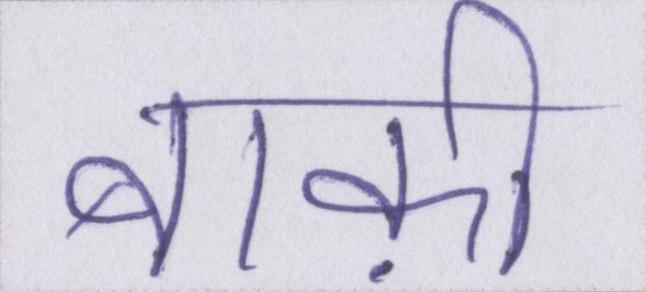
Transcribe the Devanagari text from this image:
बाक़ी